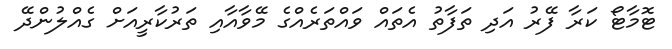
ޓޮމާޓޯ ކަރާ ފޭރު އަދި ތަފާތު އެތައް ވައްތަރެއްގެ މޭވާއާއި ތަރުކާރީއަށް ގެއްލުންދޭ